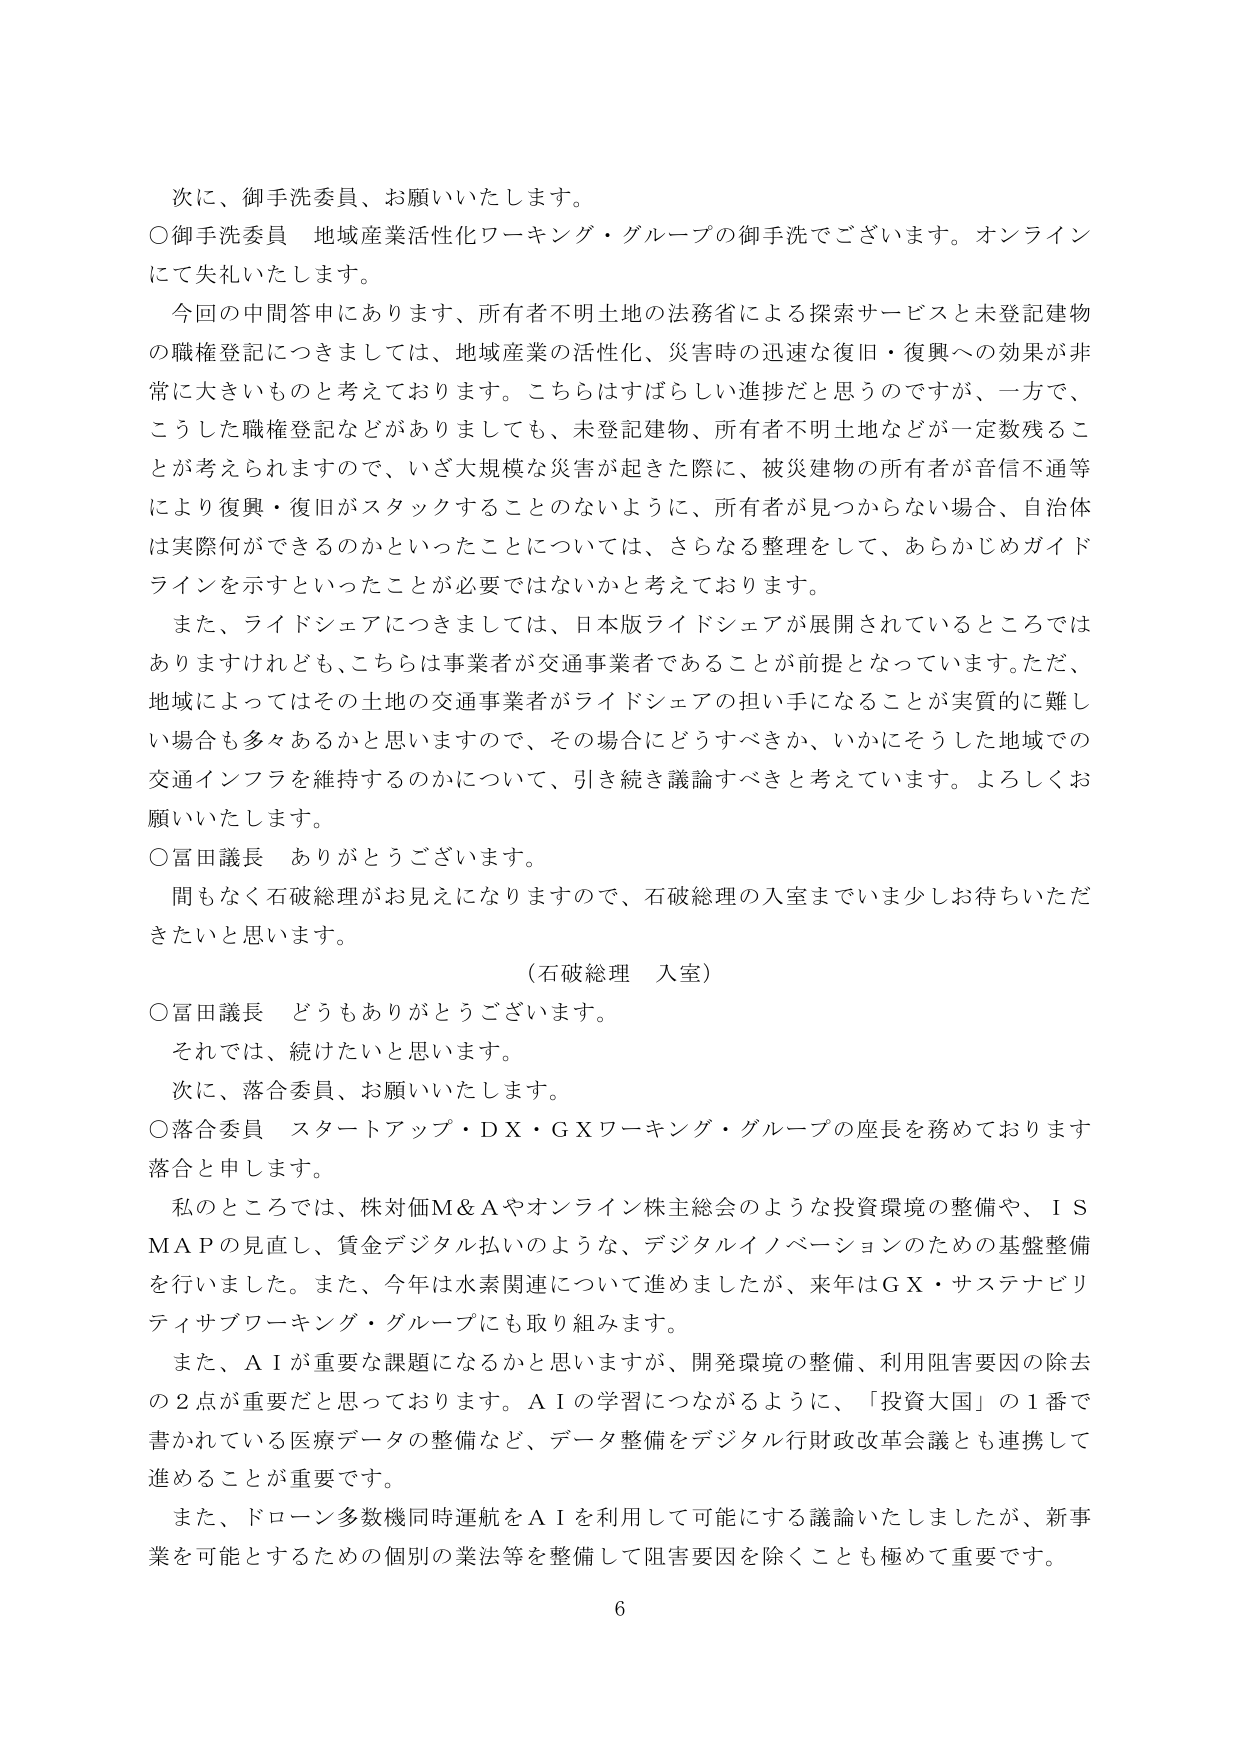
次に、御手洗委員、お願いいたします。

○御手洗委員 地域産業活性化ワーキング・グループの御手洗でございます。オンラインにて失礼いたします。

今回の中間答申にあります、所有者不明土地の法務省による探索サービスと未登記建物の職権登記につきましては、地域産業の活性化、災害時の迅速な復旧・復興への効果が非常に大きいものと考えております。こちらはすばらしい進捗だと思うのですが、一方で、こうした職権登記などがありましても、未登記建物、所有者不明土地などが一定数残ることが考えられますので、いざ大規模な災害が起きた際に、被災建物の所有者が音信不通等により復興・復旧がスタックすることのないように、所有者が見つからない場合、自治体は実際何ができるのかといったことについては、さらなる整理をして、あらかじめガイドラインを示すといったことが必要ではないかと考えております。

また、ライドシェアにつきましては、日本版ライドシェアが展開されているところではありますけれども、こちらは事業者が交通事業者であることが前提となっています。ただ、地域によってはその土地の交通事業者がライドシェアの担い手になることが実質的に難しい場合も多々あるかと思いますので、その場合にどうすべきか、いかにそうした地域での交通インフラを維持するのかについて、引き続き議論すべきと考えています。よろしくお願いいたします。

○冨田議長 ありがとうございます。

間もなく石破総理がお見えになりますので、石破総理の入室までいま少しお待ちいただきたいと思います。

（石破総理 入室）

○冨田議長 どうもありがとうございます。

それでは、続けたいと思います。

次に、落合委員、お願いいたします。

○落合委員 スタートアップ・ＤＸ・ＧＸワーキング・グループの座長を務めております落合と申します。

私のところでは、株対価Ｍ＆Ａやオンライン株主総会のような投資環境の整備や、ＩＳＭＡＰの見直し、賃金デジタル払いのような、デジタルイノベーションのための基盤整備を行いました。また、今年は水素関連について進めましたが、来年はＧＸ・サステナビリティサブワーキング・グループにも取り組みます。

また、ＡＩが重要な課題になるかと思いますが、開発環境の整備、利用阻害要因の除去の２点が重要だと思っております。ＡＩの学習につながるように、「投資大国」の１番で書かれている医療データの整備など、データ整備をデジタル行財政改革会議とも連携して進めることが重要です。

また、ドローン多数機同時運航をＡＩを利用して可能にする議論いたしましたが、新事業を可能とするための個別の業法等を整備して阻害要因を除くことも極めて重要です。

6